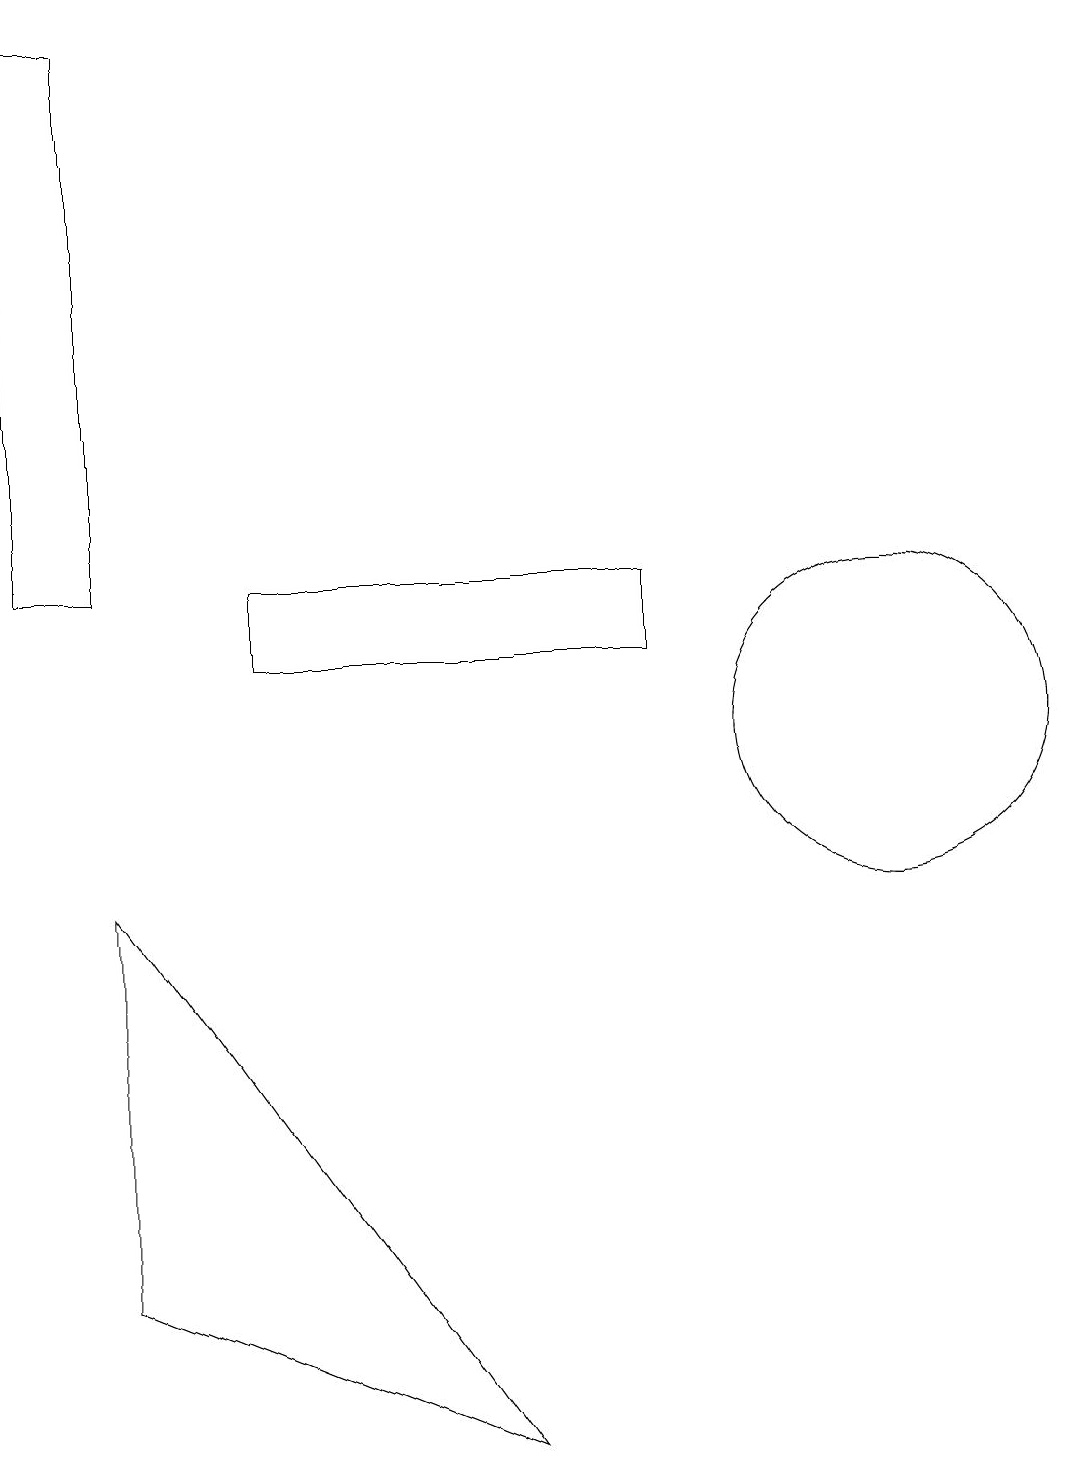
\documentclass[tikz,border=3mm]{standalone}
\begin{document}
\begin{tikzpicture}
\draw (7,1) -- (2,3) -- (2,8) -- cycle;
\draw (4,11) rectangle (9,12);
\draw (11,11) circle (0);
\draw (12,10) circle (2);
\draw (1,19) rectangle (2,12);
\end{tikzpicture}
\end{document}